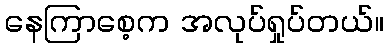
နေကြာစေ့က အလုပ်ရှုပ်တယ်။